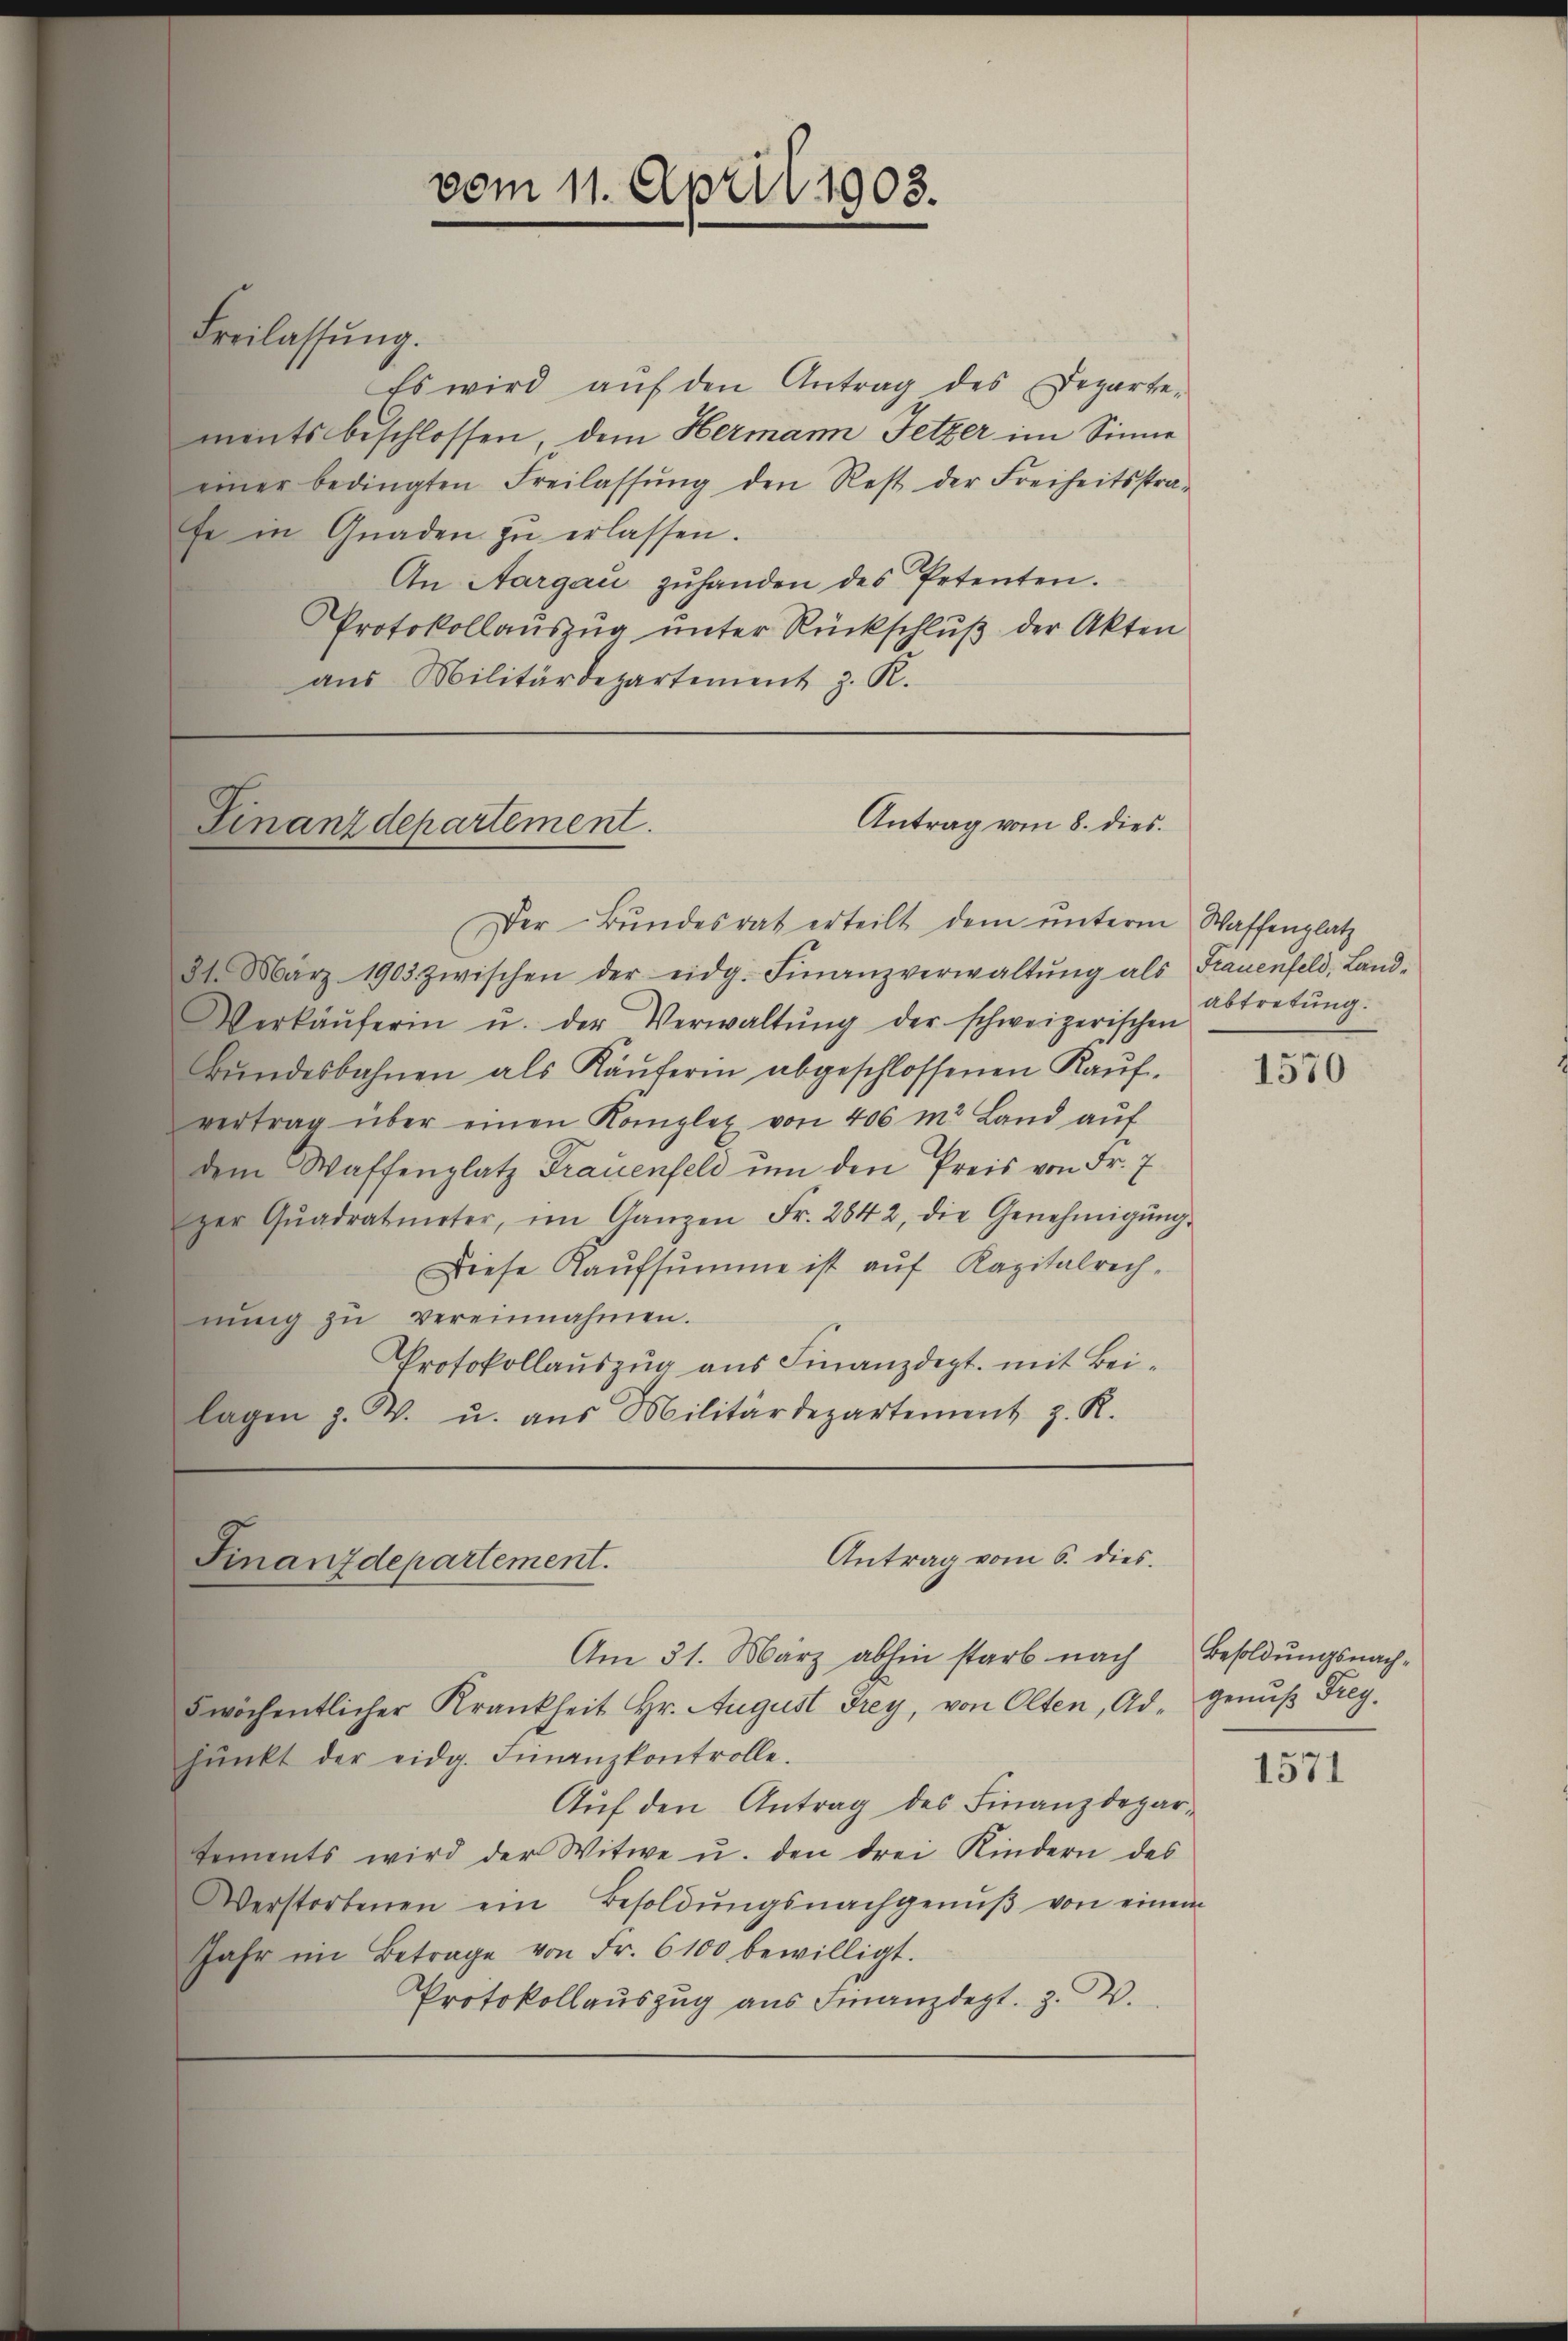
Freilassŭng.

Es wird auf den Antrag des Departements beschlossen, dem Hermann Fetzer im Sinne
einer bedingten Freilassŭng den Rest der Freiheitsstra-
fe in Gnaden zŭ erlassen.
An Aargaŭ zŭhanden des Petenten.
Protokollauszug unter Rückschluß der Akten
aŭs Militärdepartement z. R.

Antrag vom 8. dies
Finanzdepartement.

Antrag vom 6. dies
Finanzdepartement.

Der Bŭndesrat erteilt dem ŭnterm Waffenplatz
21. März 1903 zwischen der eidg. Finanzverwaltŭng als Frauenfeld, Land-
Verkäŭferin u. der Verwaltŭng der schweizerischen
bŭndesbahnen als Käŭferin abgeschlossenen Kaŭf-
vertrag über einen Komplex von 406 m Land aŭf
dem Waffenplatz Frauenfeld um den Preis von Fr. 7
per Qŭadratmeter, im Ganzen Fr. 2842, die Genehmigŭng
Diese Kaŭfsŭmme ist aŭf Kapitalrech-
nŭng zŭ vereinnahmen.
Protokollauszug aus Finanzdept. mit Beilagen z. B. u. aŭs Militärdepartement z. R.

vom 11. April 1903.

abtretung.

Am 31. März abhin starb nach Besoldungsnachwöchentlicher Krankheit Hr. August Frey, von Olten, Ad. genuß Frey.
lŭnkt der eidg. Finanzkontrolle.
Auf den Antrag des Finanzdeparements wird der Witwe u. den drei Kindern des
Verstorbenen ein Besoldŭngsnachgenŭβ von einem
ihr im Betrage von Fr. 6100 bewilligt.
Protokollauszug aus Finanzdept. Z. W.

1570

1571